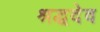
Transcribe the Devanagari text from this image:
श्रद्धदेव